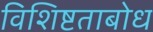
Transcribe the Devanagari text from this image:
विशिष्टताबोध